Subject: econ
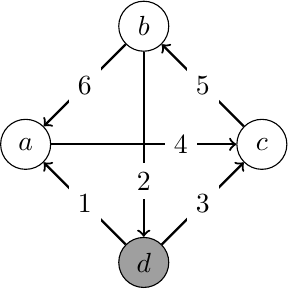
LaTeX code:
\begin{tikzpicture}

\node[circle,draw, minimum width=0.25in] at (0,0) (a) {$a$};
\node[circle,draw,minimum width=0.25in] at (3,0) (c) {$c$};
\node[circle,draw,minimum width=0.25in] at (1.5,1.5) (b) {$b$};

\node[circle,draw,minimum width=0.25in, fill=gray!75] at (1.5,-1.5) (d) {$d$};

\path[->,draw,thick] (a) to[pos=.7] node[fill=white] {$4$} (c);
\path[->,draw,thick] (b) to  node[fill=white] {$6$} (a);
\path[->,draw,thick] (d) to  node[fill=white] {$1$} (a);
\path[->,draw,thick] (d) to  node[fill=white] {$3$} (c);
\path[->,draw,thick] (b) to[pos=.7]   node[fill=white] {$2$} (d);
\path[->,draw,thick] (c) to   node[fill=white] {$5$} (b);
\end{tikzpicture}